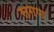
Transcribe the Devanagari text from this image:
सगण